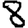
Digit: 8